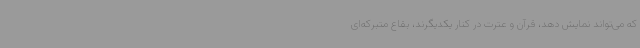
که می‌تواند نمایش دهد، قرآن و عترت در کنار یکدیگرند، بقاع متبرکه‌ای